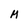
Character: M